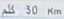
٤٠٠٠